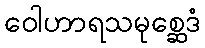
ဝေါဟာရသမုစ္ဆေဒံ